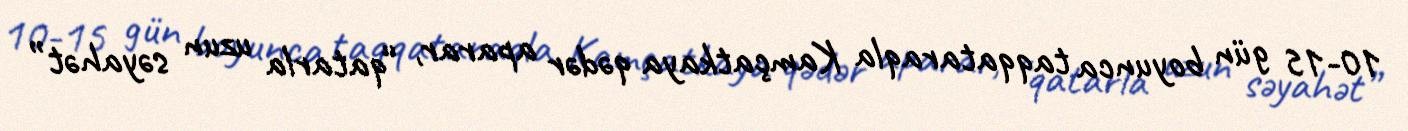
10-15 gün boyunca taqqataraqla Kamçatkaya qədər aparar, “qatarla uzun səyahət”